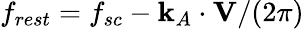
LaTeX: f_{rest}=f_{sc}-\mathbf{k}_{A}\cdot\mathbf{V}/(2\pi)